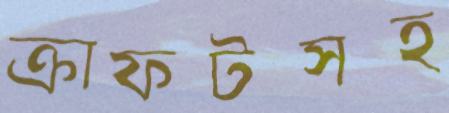
ক্রাফটসহ